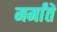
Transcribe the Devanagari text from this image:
मर्मांतें